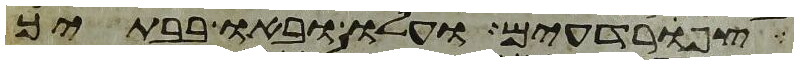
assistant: צפרדעים ועלו ובאו בבתיך